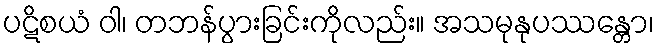
ပဋိစယံ ဝါ၊ တဘန်ပွားခြင်းကိုလည်း။ အသမုနုပဿန္တော၊